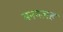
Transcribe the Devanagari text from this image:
मनगलह